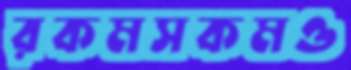
রকমসকমও